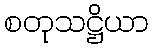
စတုသဋ္ဌိယာ